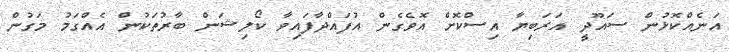
އަނެއްކޮޅުން ސައޫދީ އަރަބިޔާ އިސްކޮށް އޮވެގެން އުފައްދާފައިވާ ކޯލިޝަން ބާރުތަކުން އެއްގަމު މަގުން